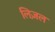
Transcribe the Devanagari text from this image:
लिज़ल